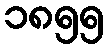
၁၈၅၅